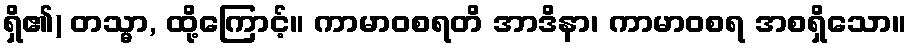
ရှိ၏) တသ္မာ, ထို့ကြောင့်။ ကာမာဝစရတိ အာဒိနာ၊ ကာမာဝစရ အစရှိသော။